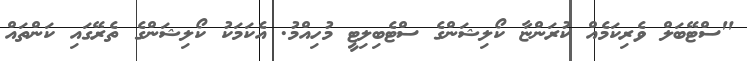
"ސްޓޭބަލް ވެރިކަމެއް ކުރަންޏާ ކޯލިޝަންގެ ސްޓެބިލިޓީ މުހިއްމު. އެކަމަކު ކޯލިޝަންގެ ތެރޭގައި ކަންތައް